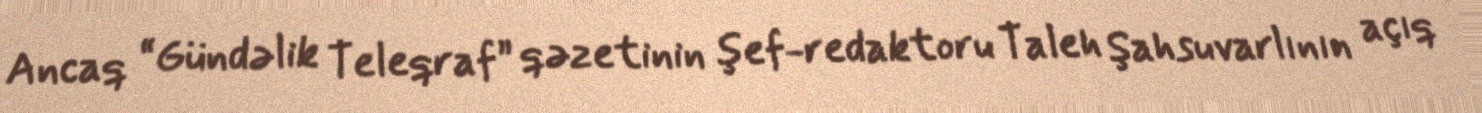
Ancaq “Gündəlik Teleqraf” qəzetinin şef-redaktoru Taleh Şahsuvarlının açıq